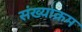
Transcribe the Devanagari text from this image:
संख्याक्रम